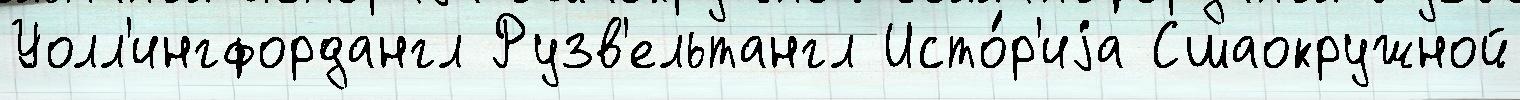
Уолл'ингфордангл Рузв'ельтангл Исто́р'иjа Сшаокружной